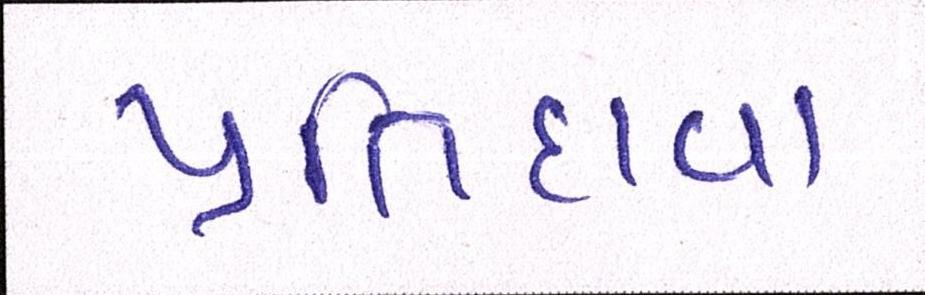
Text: પ્રતિદાવા